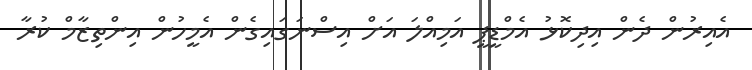
އެއިރުން ދެން އިދިކޮޅު އެމްޑީޕީ އަމިއްލަ އަށް އިސްނަގައިގެން އެމީހުން އިންތިޒާމް ކުރާ